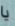
يا